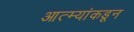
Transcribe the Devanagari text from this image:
आत्म्यांकडून